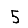
Digit: 5